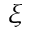
\xi